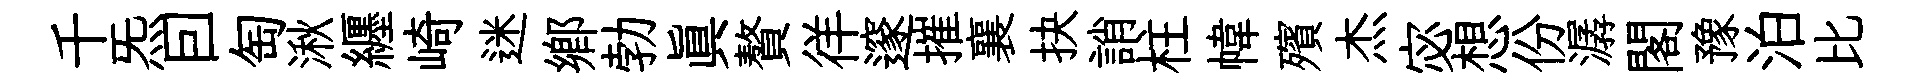
千炁囙匋湫纒崎迷鄉勃真贅徉邃摧襄抉誚柱幃殯杰宓想份潺閣豫泊比